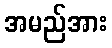
အမည်အား